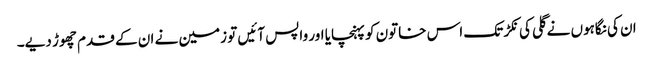
ان کی نگاہوں نے گلی کی نکڑ تک اس خاتون کو پہنچایا اور واپس آئیں تو زمین نے ان کے قدم چھوڑ دیے۔